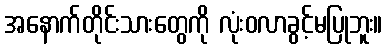
အနောက်တိုင်းသားတွေကို လုံးဝလာခွင့်မပြုဘူး။